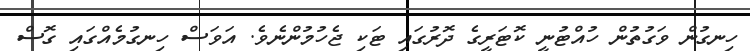
ހިނގުން ވަގުތުން ހުއްޓުނީ ކޮޓަރީގެ ދޮރުގައި ޓަކި ޖެހުމުންނެވެ. އަވަސް ހިނގުމެއްގައި ގޮސް